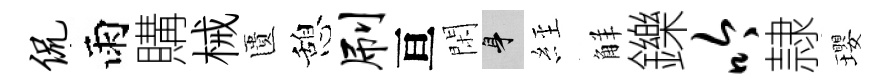
侃雨購械匱憩刷亘閑身𦀇觧鑠吟隷瓔